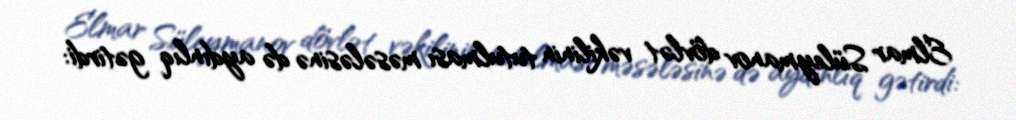
Elmar Süleymanov dövlət vəkilinin tutulması məsələsinə də aydınlıq gətirdi: